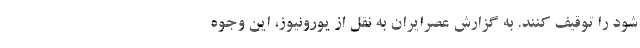
شود را توقیف کنند. به گزارش عصرایران به نقل از یورونیوز، این وجوه